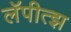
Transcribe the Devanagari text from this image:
लॅपीत्झ